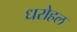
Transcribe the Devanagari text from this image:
धरोहल